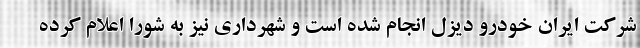
شرکت ایران خودرو دیزل انجام شده است و شهرداری نیز به شورا اعلام کرده